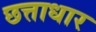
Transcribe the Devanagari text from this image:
छत्ताधार